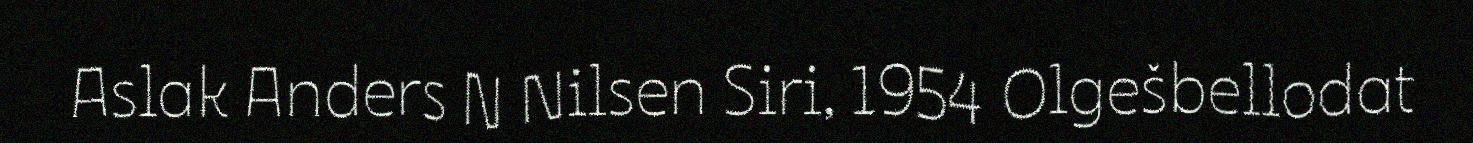
Aslak Anders N Nilsen Siri, 1954 Olgešbellodat